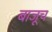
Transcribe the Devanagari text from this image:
बाजूच